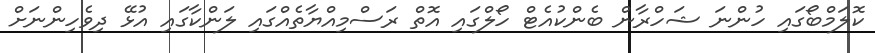
ކޮލަމްބޯގައި ހުންނަ ޝަހްރާން ބެންކުއެޓް ހޯލްގައި އޮތް ރަސްމިއްޔާތެއްގައި ލަންކާގައި އުޅޭ ދިވެހިންނަށް